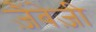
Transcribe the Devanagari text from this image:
ज़ैंबेज़ी